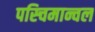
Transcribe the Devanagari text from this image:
पस्चिमान्चल